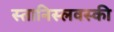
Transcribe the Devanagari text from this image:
स्तानिस्लवस्की